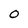
Character: O